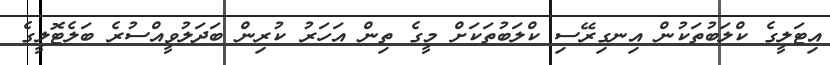
އިޓަލީގެ ކްލަބުތަކުން އިނގިރޭސި ކްލަބުތަކަށް މީގެ ތިން އަހަރު ކުރިން ބަދަލުވީއްސުރެ ބަލެޓޮލީގެ